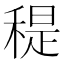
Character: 䅠